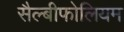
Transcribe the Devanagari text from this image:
सैल्बीफोलियम